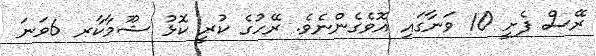
ރޭސް ފެށީ 10 ވަނާގައި އޮވެގެންނެވެ. ރޭހުގެ ކުރީ ކޮޅު ޝޫމާކާރ 6ވަނަ